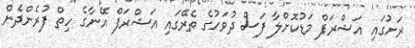
ރަށުގައި އަޝްރަފް މަޑުކޮށްލާ ފަސް ދުވަހުގެ ތެރޭގައި އަޝްރަފް އޭނާގެ ހިތް ފުރެންދެން